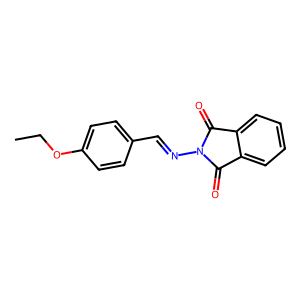
SMILES: CCOc1ccc(C=NN2C(=O)c3ccccc3C2=O)cc1
Inhibits HIV replication: No